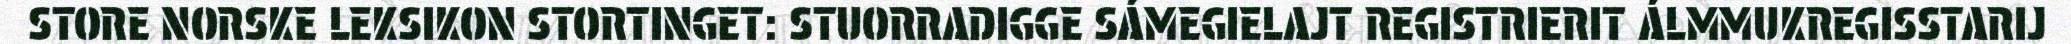
STORE NORSKE LEKSIKON STORTINGET: STUORRADIGGE SÁMEGIELAJT REGISTRIERIT ÁLMMUKREGISSTARIJ